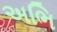
અભિ